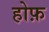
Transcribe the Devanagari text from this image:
होफ़